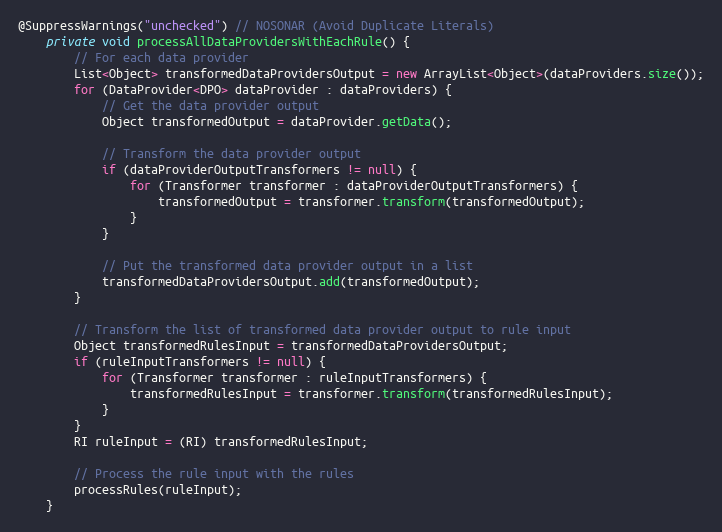
Language: Java
@SuppressWarnings("unchecked") // NOSONAR (Avoid Duplicate Literals)
    private void processAllDataProvidersWithEachRule() {
        // For each data provider
        List<Object> transformedDataProvidersOutput = new ArrayList<Object>(dataProviders.size());
        for (DataProvider<DPO> dataProvider : dataProviders) {
            // Get the data provider output
            Object transformedOutput = dataProvider.getData();

            // Transform the data provider output
            if (dataProviderOutputTransformers != null) {
                for (Transformer transformer : dataProviderOutputTransformers) {
                    transformedOutput = transformer.transform(transformedOutput);
                }
            }

            // Put the transformed data provider output in a list
            transformedDataProvidersOutput.add(transformedOutput);
        }

        // Transform the list of transformed data provider output to rule input
        Object transformedRulesInput = transformedDataProvidersOutput;
        if (ruleInputTransformers != null) {
            for (Transformer transformer : ruleInputTransformers) {
                transformedRulesInput = transformer.transform(transformedRulesInput);
            }
        }
        RI ruleInput = (RI) transformedRulesInput;

        // Process the rule input with the rules
        processRules(ruleInput);
    }